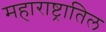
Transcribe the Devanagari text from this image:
महाराष्ट्रातिल